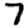
Digit: 7